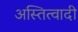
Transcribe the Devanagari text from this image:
अस्तित्वादी